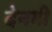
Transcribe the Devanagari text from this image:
देनगी